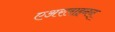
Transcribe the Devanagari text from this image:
एअरलाइनन्